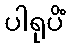
ပါရုပိံ